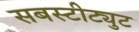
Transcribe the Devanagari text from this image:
सबस्टीट्युट